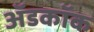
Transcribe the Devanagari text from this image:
अॅडकॉक